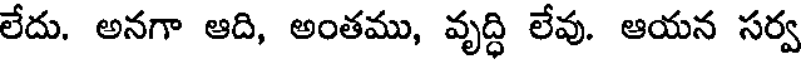
లేదు. అనగా ఆది, అంతము, వృద్ధి లేవు. ఆయన సర్వ